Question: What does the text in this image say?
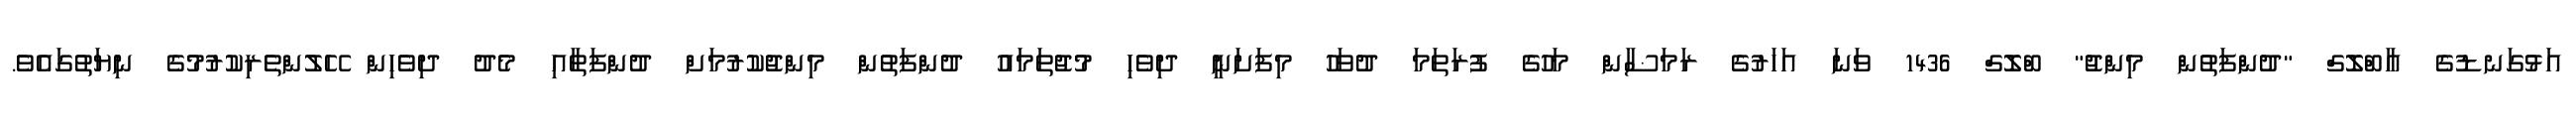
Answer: އަޅުގަނޑުގެ އާބްލޮގް "ދުންފަތުން މިންޖު" ބްލޮގް 1436 ވަނަ އަހަރުގެ ރަމަޟާން މަހުގެ ފުރަތަމަ ދުވަހު މިފަށަނީ ދިވެހި މުޖުތަމައު ދުންފަތުން މިންޖުކުރުމަށް ދުންފަތާއި މެދު ދިވެހިން ހޭލުންތެރިކުރުމުގެ ނިޔަތުގައެވެ.